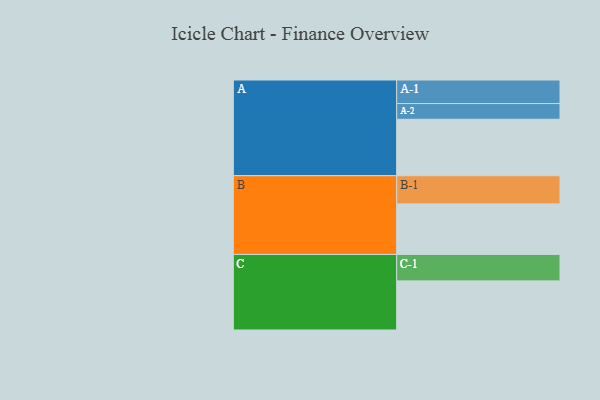
{"axis": {"x": "Segment", "y": "Value"}, "legend": ["", "A", "B", "C"], "data": [{"x": "A", "y": 585, "type": ""}, {"x": "B", "y": 524, "type": ""}, {"x": "C", "y": 509, "type": ""}, {"x": "A-1", "y": 244, "type": "A"}, {"x": "A-2", "y": 163, "type": "A"}, {"x": "B-1", "y": 292, "type": "B"}, {"x": "C-1", "y": 274, "type": "C"}]}